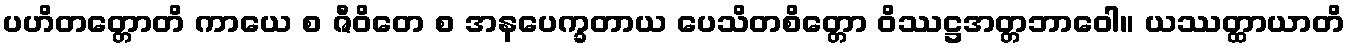
ပဟိတတ္တောတိ ကာယေ စ ဇီဝိတေ စ အနပေက္ခတာယ ပေသိတစိတ္တော ဝိဿဋ္ဌအတ္တဘာဝေါ။ ယဿတ္ထာယာတိ